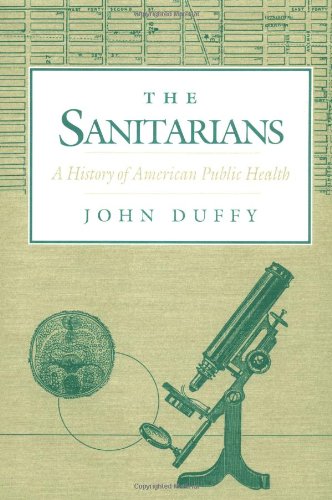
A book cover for The Sanitarians: A HISTORY OF AMERICAN PUBLIC HEALTH; John Duffy; Medical Books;